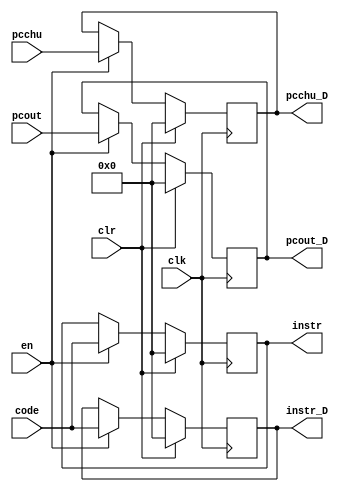
`timescale 1ns / 1ps
//////////////////////////////////////////////////////////////////////////////////
// Company: 
// Engineer: 
// 
// Design Name: 
// Module Name:    jicunqigai 
// Project Name: 
// Target Devices: 
// Tool versions: 
// Description: 
//
// Dependencies: 
//
// Revision: 
// Revision 0.01 - File Created
// Additional Comments: 
//
//////////////////////////////////////////////////////////////////////////////////
module jicunqigai(
	 input  clk,
    input  clr,
    input en,
    input [31:0] code,
	 input [31:0] pcchu,
	 input [31:0] pcout,
    output reg [31:0] instr,
	 output reg [31:0] instr_D,
	 output reg [31:0] pcchu_D,
	 output reg [31:0] pcout_D
    );
	 initial begin
		instr = 0;
		pcchu_D = 0;
		pcout_D = 0;
		instr_D = 0;
	 end
	 always @(posedge clk)begin
		if(clr)begin
			pcchu_D <= 0;
			pcout_D <= 0;
			instr <= 0;
			instr_D <= 0;
		end
		else begin
			if(en)begin
				instr <= code;
				pcchu_D <= pcchu;
				pcout_D <= pcout;
				instr_D <= code;
			end
			else begin
				instr <= instr;
				pcchu_D <= pcchu_D;
				pcout_D <= pcout_D;
				instr_D <= instr_D;
			end
		end
	 end
    


endmodule